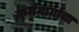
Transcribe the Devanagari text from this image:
कर्ममार्गाचा